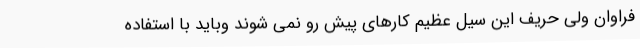
فراوان ولی حریف این سیل عظیم کارهای پیش رو نمی شوند وباید با استفاده